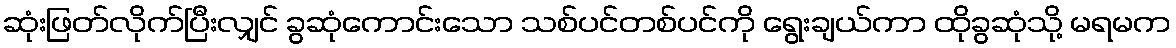
ဆုံးဖြတ်လိုက်ပြီးလျှင် ခွဆုံကောင်းသော သစ်ပင်တစ်ပင်ကို ရွေးချယ်ကာ ထိုခွဆုံသို့ မရမက